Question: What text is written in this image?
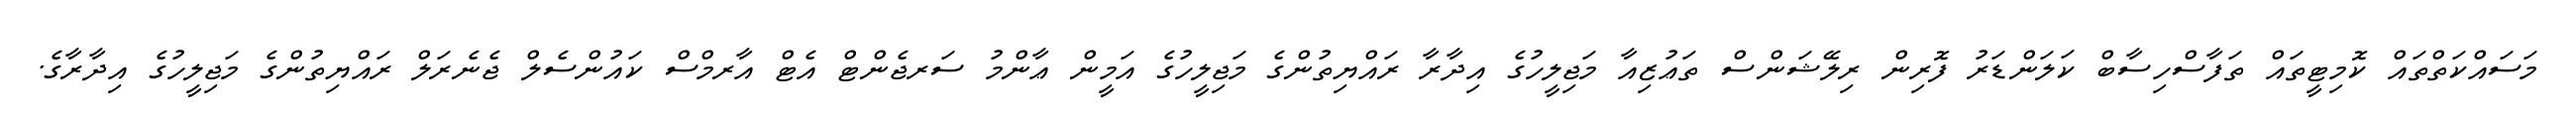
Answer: މަސައްކަތްތައް ކޮމިޓީތައް ތަފާސްހިސާބް ކަލަންޑަރު ފޮރިން ރިލޭޝަންސް ތަޢުޒިއާ މަޖިލީހުގެ އިދާރާ ރައްޔިތުންގެ މަޖިލީހުގެ އަމީން ޢާންމު ސަރޖެންޓް އެޓް އާރމްސް ކައުންސެލް ޖެނެރަލް ރައްޔިތުންގެ މަޖިލީހުގެ އިދާރާގެ.